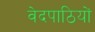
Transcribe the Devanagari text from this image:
वेदपाठियों